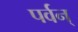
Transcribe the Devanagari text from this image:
पर्वन्